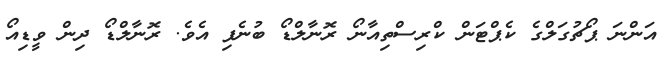
އަންނަ ޕޯޗުގަލްގެ ކެޕްޓަން ކްރިސްތިއާނޯ ރޮނާލްޑޯ ބުނެފި އެވެ. ރޮނާލްޑޯ ދިން ވީޑިއޯ